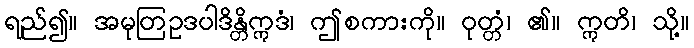
ရည်၍။ အမုတြဥဒပါဒိန္တိဣဒံ၊ ဤစကားကို။ ဝုတ္တံ၊ ၏။ ဣတိ၊ သို့။